King Institute of Preventive Medicine Micro-Biological Section reports 1909-11
Year: 1909
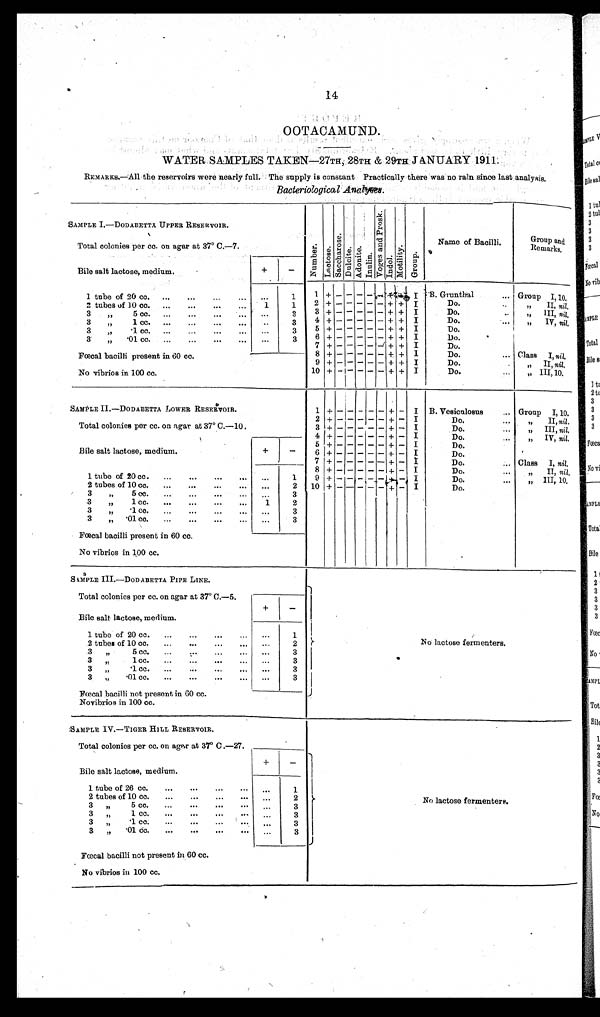
14
WATER SAMPLES TAKEN-27TH, 28TH & 29TH JANUARY 1911:
REMARKS-All the reservoirs were nearly full. The supply is constant Practically there was no rain since last analysis.
Bacteriological Analyses.
SAMPLE I.-DODABETTX UPPER RESERVOIR.
N u mb e r
L a c t o s e
S a c c h a r o s e Dul ci t e A d o n i t e I nul i n V o g e s a n d P r o s k
I ndol
Mot i l i t y Group
Name of Bacilli
Group and
Remarks,
Total colonies per cc. on agar at 37° C.—7.
Bile salt lactose, medium.
+
-
1 tube of 20 cc. ...
...
1
1 + - - - - - + + I B. Grunthal
... Group I, 10,
2 tubes of 10 cc. ... ... ... ...
1
1
2 + - - - - - + + I
Do.
,, II, nil,
3
5 cc. ...
...
3
3 + - - - - - + + I
Do.
..
,, III, nil
3
1 cc
3
4 +
+ + I
Do.
,, IV, nil,
3 „
1 cc. ...
...
...
...
. . .
3
5 + - - - - - + + I
Do.
3
„
01 cc. ...
...
...
... ...
3
6 + - - - - - + + I
Do.
7
- - –
+ + I
Do.
Fœcal bacilli present in 60 cc.
8 +
- - - - + - I
Do.
... Class I, nil.
9 + - - -- - + + I
Do.
. . . „ II, nil.
No vibrios in 100 cc.
10 + -1- - - - + + I
Do.
..,
„ III, 10.
SAMPLE II.—DODABETTA LOWER RESERVOIR.
1 + - – - - - + - I B. Vesiculosus
Group I, 10.
2 + - -
- - - + - I
Do.
„ II, nil.
Total colonies per cc. on agar at 37° C.—10 .
3 + - - - - - + - I
Do.
,, III, ni l .
Bile salt lactose, medium.
4 + + - - - - -
+- I
Do.
... ,, IV, nil.
+
-
5 + - - - - - + - I
Do.
6 + - - - - - + - I
Do.
7 + - - - - - + - I
Do.
... Class I, nil,
1 tube of 20 cc. ... . . .
. . .
. . .
. . .
1
8 + - - - - - + - I
Do.
...
II, nil,
9 + - - - - - + - I
Do.
... ,, III, 10.
2 tubes of 10 cc. ...
...
...
... ...
2 10 + - - - - - + - I
Do.
3
„
5 ec. ...
...
...
... ...
3
3
„
1 cc. ...
...
...
. . .
1 .
2
3
„
• 1 co. ...
...
...
... ...
3
3
„ 01 co. ...
...
...
... ...
3
Fœcal bacilli present in 60 cc.
No vibrios in 100 cc.
SAMPLE III.-DODABETTA PIPE LINE.
No lactose fermenters.
Total colonies per cc. on agar at 37° C.—5.
Bile salt lactose, medium.
1 tube of 20 cc. ...
...
...
... ...
1
2 tubes of 10 cc.
...
. . .
2
3
, ,
5 c c .
. . .
. . .
. . .
3
3
, ,
1 c c .
. . .
. . .
. . .
. . .
. . .
3
3
, ,
1 . c c .
. . .
. . .
. . .
3
3 „
01 cc. ...
...
...
... ...
3
Fœcal bacilli not present in GO cc.
Novibrios in 100 cc.
:SAMPLE IV.-TIGER HILL RESERVOIR.
No l a c t o s e f e r m e n t e r s
Total colonies per cc. on angar at 37° C .—27.
+
_
Bile salt lactose, medium.
1 tube of 26 cc.
...
...
...
... ...
1
2 tubes of 10 cc. ...
...
... . . .
2
... .
5
...
...
3 ,,
.
cc
. . .
3
3 ,,1 cc. ...
...
.•.
3
3 ,, 1 co. ... ...
. . .
3
3 „ 01 dc. ...
...
...
. . .
3
Fœcal bacilli not present in 60 cc.
No vibrios in 100 cc.